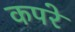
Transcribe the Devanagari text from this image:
कपरे